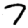
Digit: 7